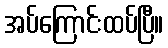
အပ်ကြောင်းထပ်ပြီ။